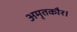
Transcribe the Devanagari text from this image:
अमृतकौर।